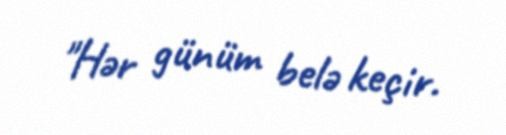
"Hər günüm belə keçir.